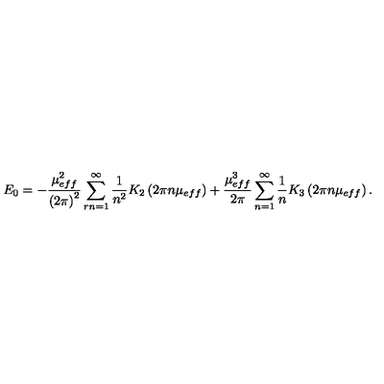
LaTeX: E _ { 0 } = - \frac { \mu _ { e f f } ^ { 2 } } { \left( 2 \pi \right) ^ { 2 } } \sum _ { r n = 1 } ^ { \infty } \frac { 1 } { n ^ { 2 } } K _ { 2 } \left( 2 \pi n \mu _ { e f f } \right) + \frac { \mu _ { e f f } ^ { 3 } } { 2 \pi } \sum _ { n = 1 } ^ { \infty } \frac { 1 } { n } K _ { 3 } \left( 2 \pi n \mu _ { e f f } \right) .